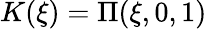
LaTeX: K(\xi)=\Pi(\xi,0,1)